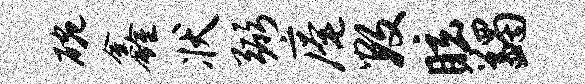
碗鑫状弼庵数眩蠲